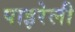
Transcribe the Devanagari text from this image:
पाइरेली